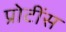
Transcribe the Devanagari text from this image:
प्रोटींस